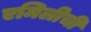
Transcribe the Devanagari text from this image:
एमिलीची